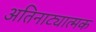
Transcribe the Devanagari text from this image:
अतिनाट्यात्मक